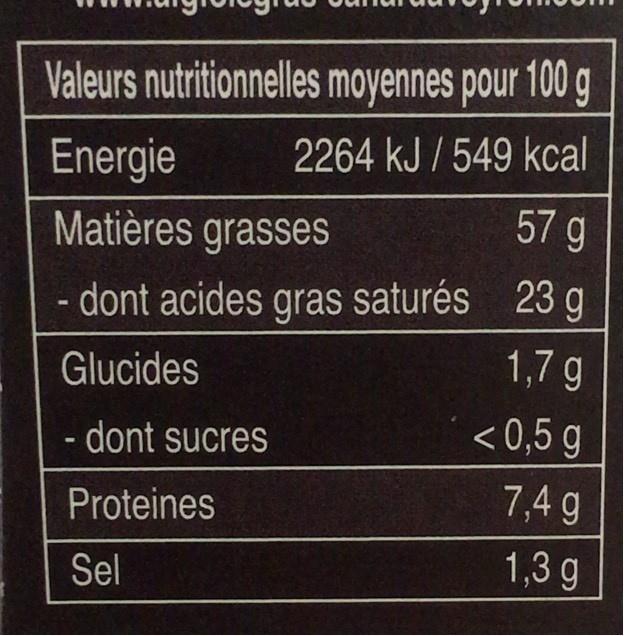
Valeurs nutritionnelles moyennes pour 100 g
Energie
2264 kJ /549 kcal
Matières grasses
57 g
- dont acides gras saturés 23 g
Glucides
1,7 g
- dont sucres
<0,5 g
Proteines
7,4 g
Sel
1,3 g